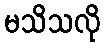
မသိသလို